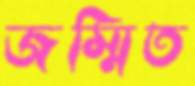
জম্মিত